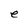
Character: e